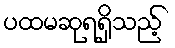
ပထမဆုရရှိသည့်